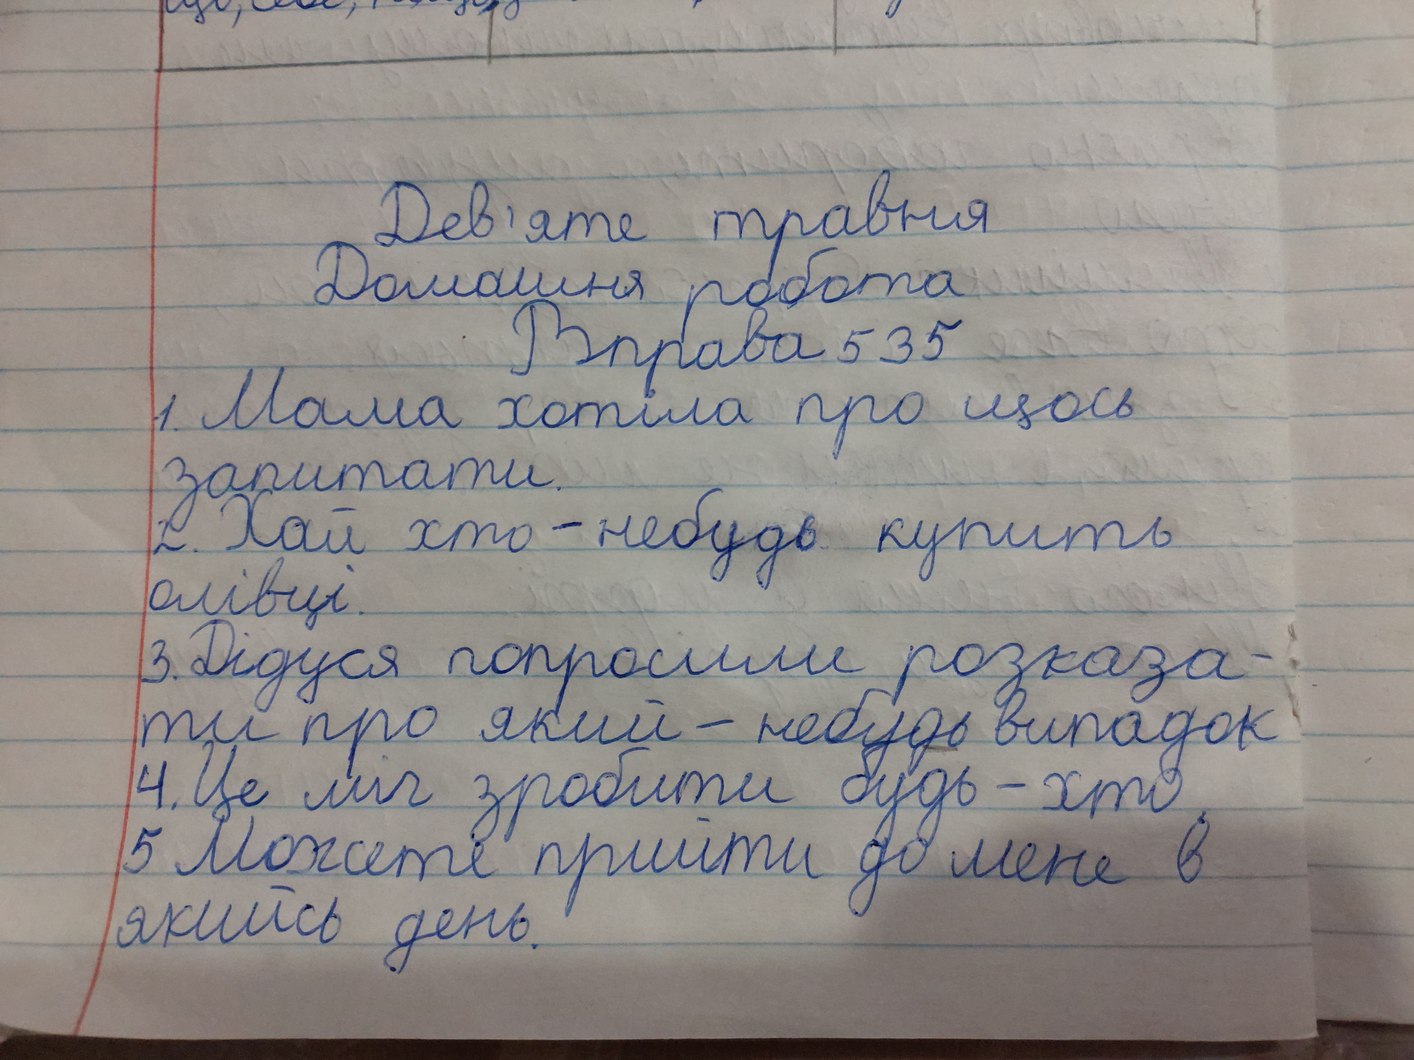
Дев'яте травня
Домашня робота
Вправа 535
1. Мама хотіла про щось
запитати.
2. Хай хто-небудь купить
олівці.
3. Дідуся попросили розказа-
ти про який-небудь випадок.
4. Це міг зробити будь-хто
5. Можете прийти до мене в
якийсь день.